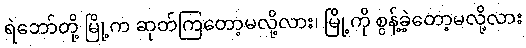
ရဲဘော်တို့ မြို့က ဆုတ်ကြတော့မလို့လား၊ မြို့ကို စွန့်ခဲ့တော့မလို့လား